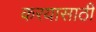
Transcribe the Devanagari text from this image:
करयासाठी